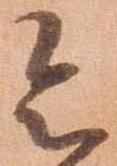
令